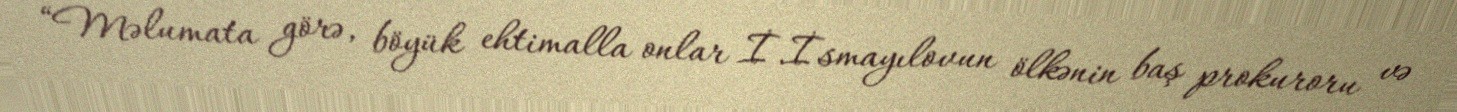
“Məlumata görə, böyük ehtimalla onlar İ.İsmayılovun ölkənin baş prokuroru və